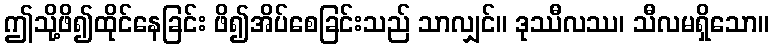
ဤသို့ဖိ၍ထိုင်နေခြင်း ဖိ၍အိပ်စေခြင်းသည် သာလျှင်။ ဒုဿီလဿ၊ သီလမရှိသော။